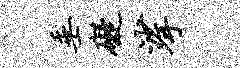
垂碍挲